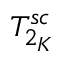
T _ { 2 _ { K } } ^ { s c }